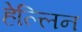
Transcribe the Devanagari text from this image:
हेल्लिन